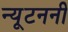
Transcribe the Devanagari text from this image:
न्यूटननी